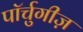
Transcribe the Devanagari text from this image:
पॉर्चुगीज़